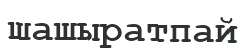
шашыратпай